Leaving Certificate Examination, 1925
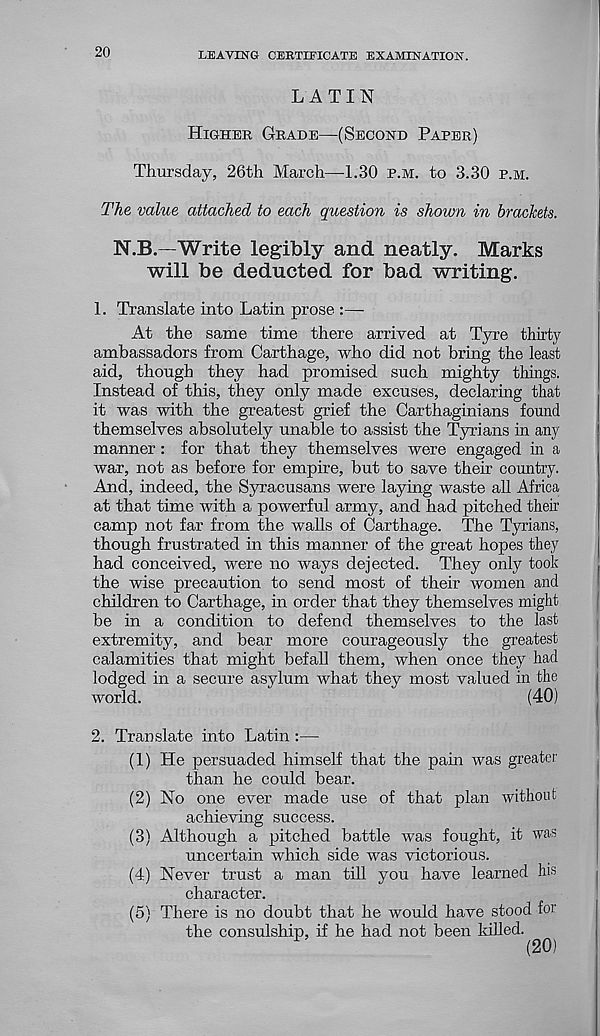
20
LEAVING CERTIFICATE EXAMINATION.
LATIN
HIGHER GRADE—(SECOND PAPER)
Thursday, 26th March—1.30 P.M. to 3.30 P.M.
The value attached to each question is shown in brackets.
N.B.—Write legibly and neatly. Marks
will be deducted for bad writing.
1. Translate into Latin prose :—
At the same time there arrived at Tyre thirty
ambassadors from Carthage, who did not bring the least
aid, though they had promised such mighty things.
Instead of this, they only made excuses, declaring that
it was with the greatest grief the Carthaginians found
themselves absolutely unable to assist the Tyrians in any
manner : for that they themselves were engaged in a
war, not as before for empire, but to save their country.
And, indeed, the Syracusans were laying waste all Africa
at that time with a powerful army, and had pitched their
camp not far from the walls of Carthage. The Tyrians,
though frustrated in this manner of the great hopes they
had conceived, were no Avays dejected. They only took
the wise precaution to send most of their women and
children to Carthage, in order that they themselves might
be in a condition to defend themselves to the last
extremity, and bear more courageously the greatest
calamities that might befall them, when once they had
lodged in a secure asylum what they most valued in the
world.
(40)
2. Translate into Latin:—
(1) He persuaded himself that the pain was greater:
than he could bear.
(2) No one ever made use of that plan Avithout
achieving success.
(3) Although a pitched battle was fought, it was
uncertain which side was victorious.
(4) Never trust a man till you have learned his
character.
(5) There is no doubt that he would have stood for
the consulship, if he had not been killed.
F
(20)